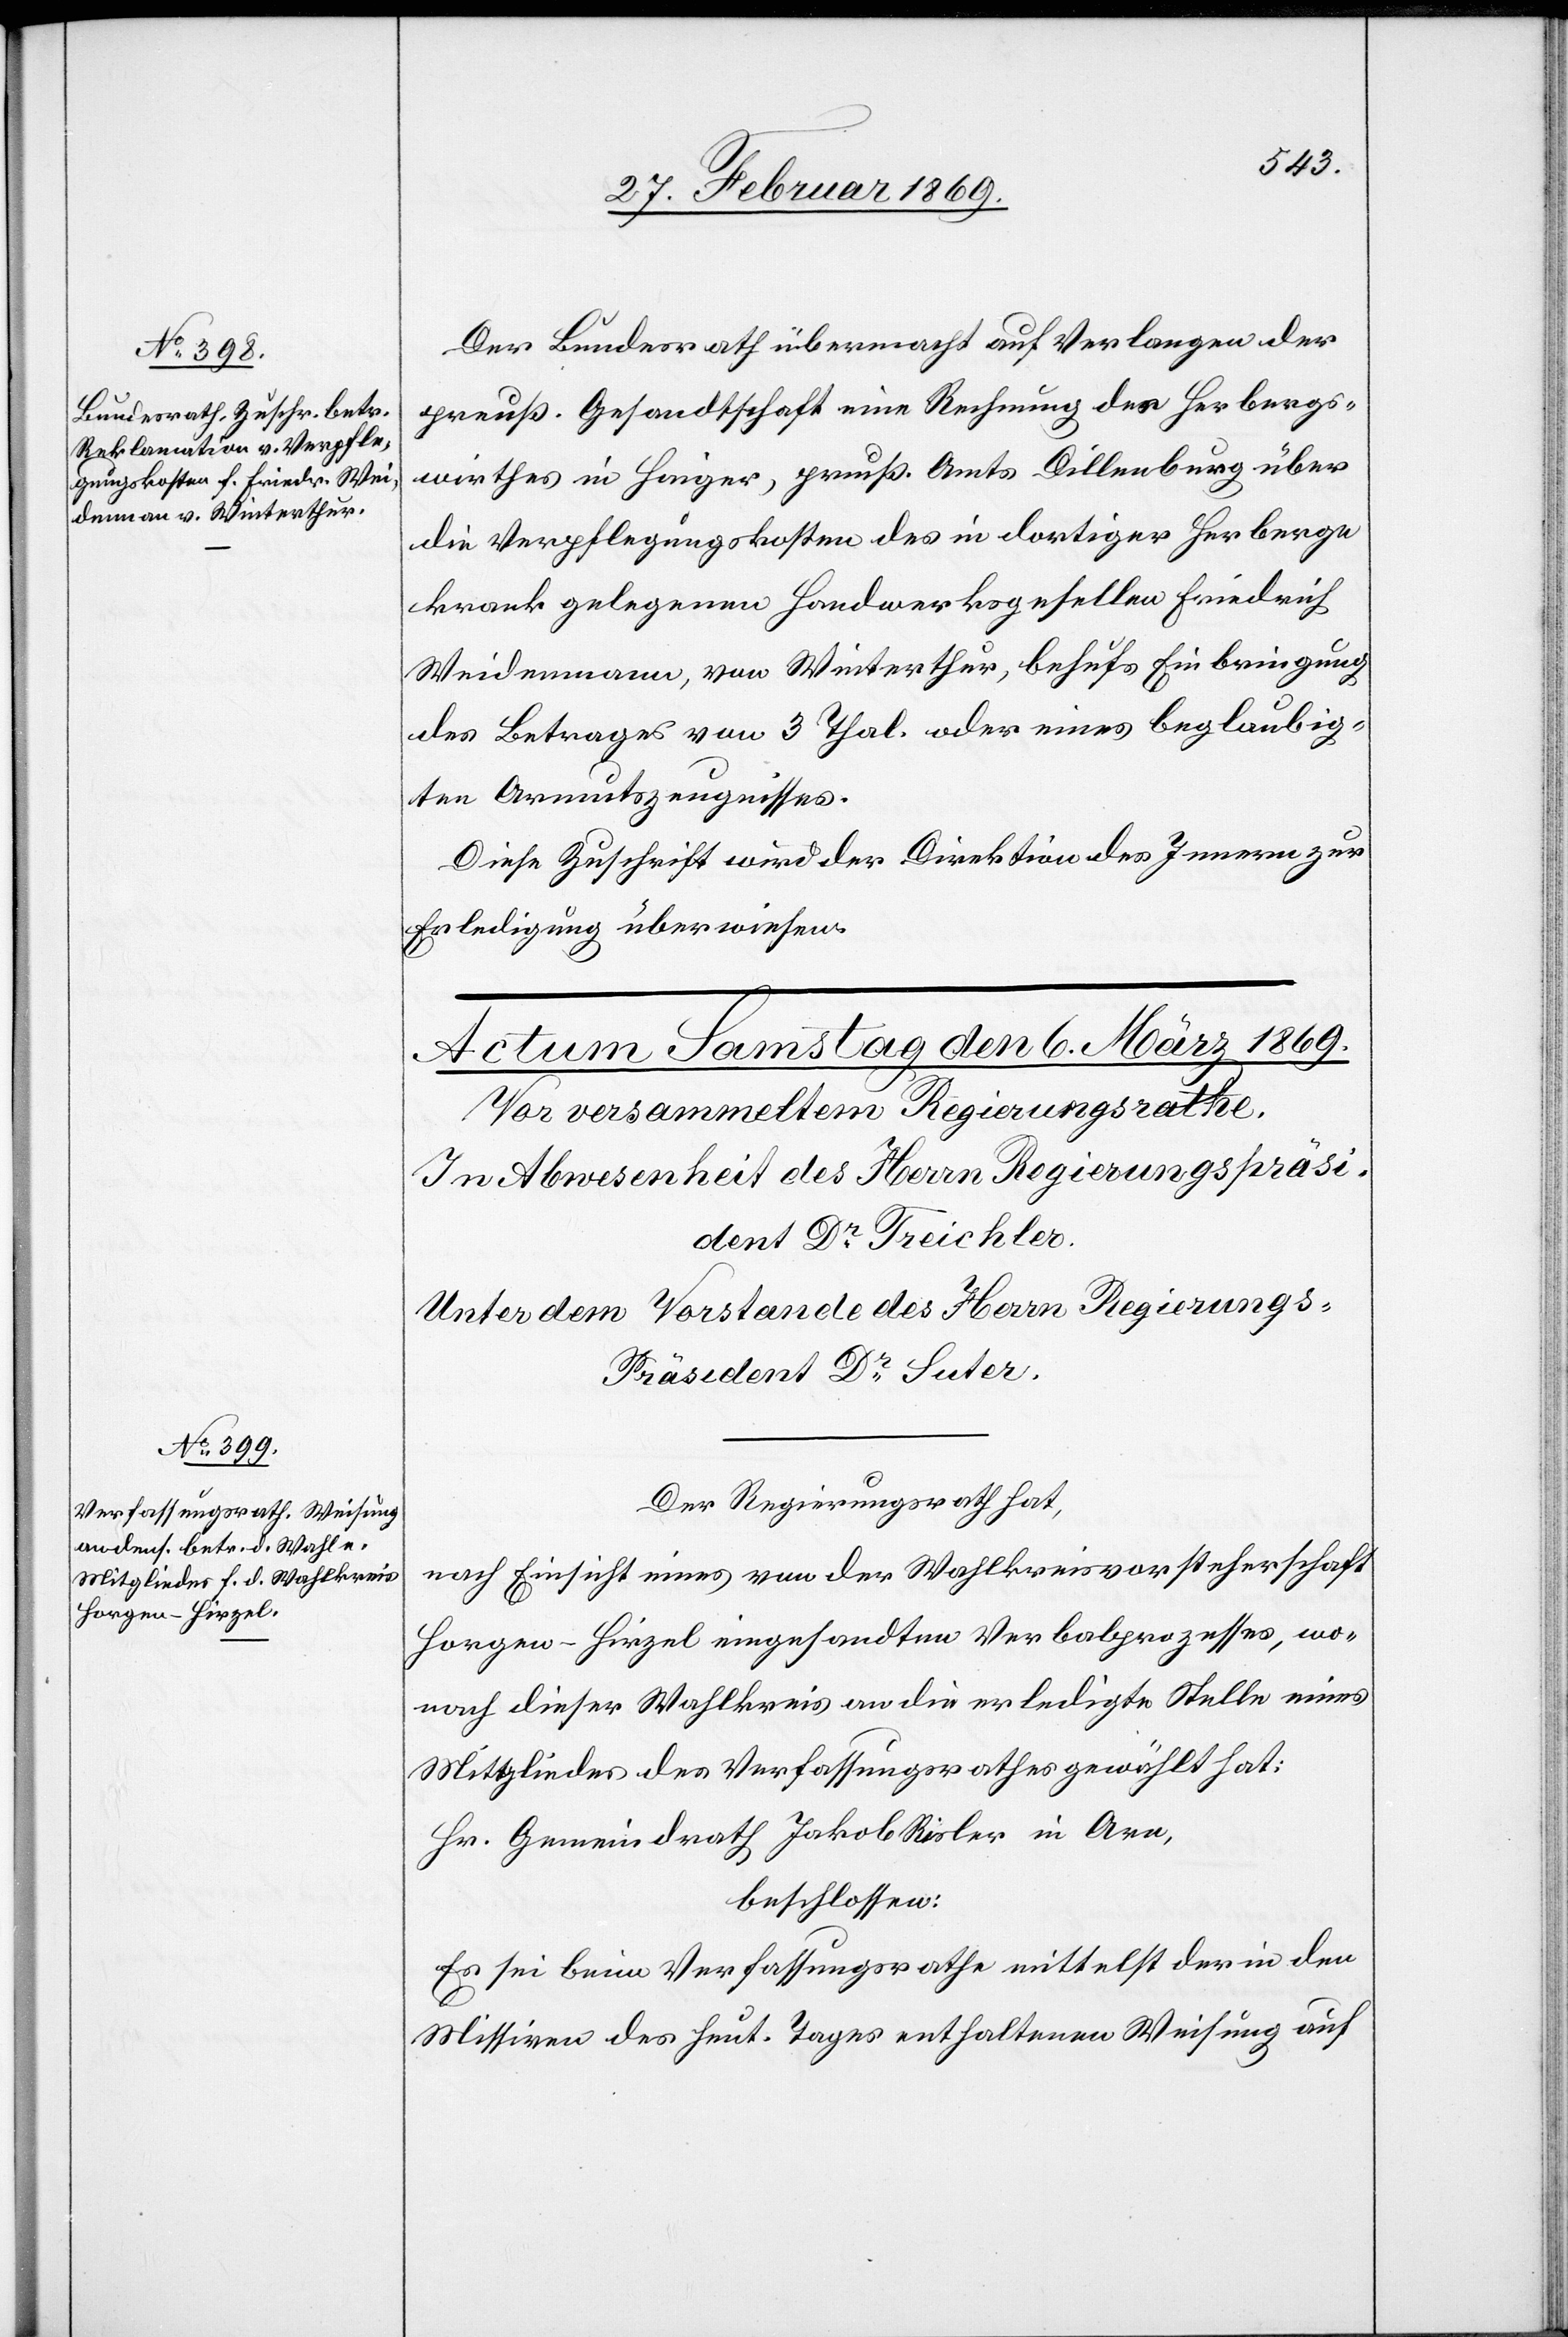
Der Bundesrath übermacht auf Verlangen der
preuß. Gesandtschaft eine Rechnung des Herbergs¬
wirthes in Haiger, preuß. Amts Dillenburg über
die Verpflegungskosten des in dortiger Herberge
krank gelegenen Handwerksgesellen Friedrich
Weidenmann, von Winterthur, behufs Einbringung
des Betrages von 3 Thal. oder eines beglaubig¬
ten Armutszeugnisses.
Erledigung überwiesen.
Der Regierungsrath hat,
nach Einsicht eines von der Wahlkreisvorsteherschaft
Horgen-Hirzel eingesandten Verbalprozesses, wo¬
nach dieser Wahlkreis an die erledigte Stelle eines
Mitgliedes des Verfassungsrathes gewählt hat:
Hr. Gemeindrath Jakob Risler in Arn,
beschlossen:
Es sei beim Verfassungsrathe mittelst der in den
Missiven des heut. Tages enthaltenen Weisung auf